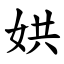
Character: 娂